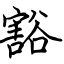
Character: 豁